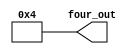
module Value4(four_out);
output[31:0] four_out;
assign four_out = 'b00000000000000000000000000000100;

endmodule